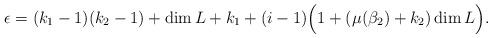
LaTeX: \begin{align*}\epsilon = (k_1 -1)(k_2 -1) + \dim L + k_1 +(i-1)\Big(1+(\mu(\beta_2)+k_2) \dim L\Big).\end{align*}